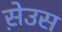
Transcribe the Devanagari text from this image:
स़ेउस